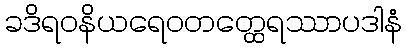
ခဒိရဝနိယရေဝတတ္ထေရဿာပဒါနံ